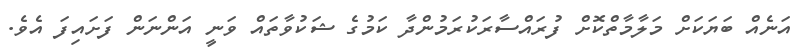
އަނެއް ބަޔަކަށް މަލާމާތްކޮށް ފުރައްސާރަކުރަމުންދާ ކަމުގެ ޝަކުވާތައް ވަނީ އަންނަން ފަށައިފަ އެވެ.